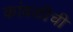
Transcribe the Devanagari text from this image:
कांबळीची